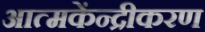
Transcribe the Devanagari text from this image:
आत्मकेंन्द्रीकरण